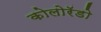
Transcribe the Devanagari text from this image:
कोलोरॅडो